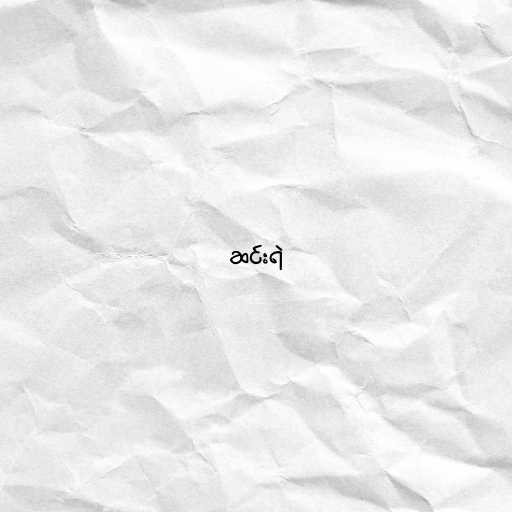
ဆင်းရဲ